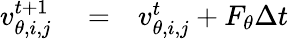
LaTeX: \begin{array}{rlr}{v_{\theta,i,j}^{t+1}}&{{}=}&{v_{\theta,i,j}^{t}+F_{\theta}\Delta t}\end{array}